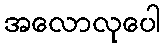
အလောလုပေါ